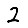
Digit: 2